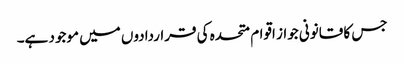
جس کا قانونی جواز اقوام متحدہ کی قراردادوں میں موجود ہے۔